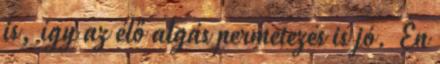
is, így az élő algás permetezés is jó. Én